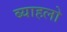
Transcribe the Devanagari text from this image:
ब्याहलो